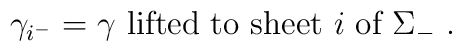
\gamma_{i^-} = \gamma \mbox{ lifted to sheet $i$ of $\Sigma_-$}\ .